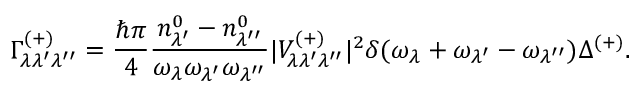
\Gamma _ { \lambda \lambda ^ { \prime } \lambda ^ { \prime \prime } } ^ { ( + ) } = \frac { \hbar \pi } { 4 } \frac { n _ { \lambda ^ { \prime } } ^ { 0 } - n _ { \lambda ^ { \prime \prime } } ^ { 0 } } { \omega _ { \lambda } \omega _ { \lambda ^ { \prime } } \omega _ { \lambda ^ { \prime \prime } } } \vert V _ { \lambda \lambda ^ { \prime } \lambda ^ { \prime \prime } } ^ { ( + ) } \vert ^ { 2 } \delta ( \omega _ { \lambda } + \omega _ { \lambda ^ { \prime } } - \omega _ { \lambda ^ { \prime \prime } } ) \Delta ^ { ( + ) } .